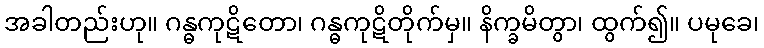
အခါတည်းဟု။ ဂန္ဓကုဋိတော၊ ဂန္ဓကုဋိတိုက်မှ။ နိက္ခမိတွာ၊ ထွက်၍။ ပမုခေ၊